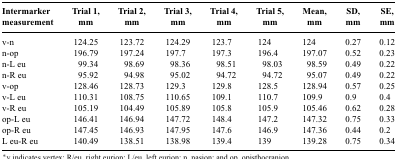
<table><thead><tr><td><b>Intermarker measurement</b></td><td><b>Trial 1, mm</b></td><td><b>Trial 2, mm</b></td><td><b>Trial 3, mm</b></td><td><b>Trial 4, mm</b></td><td><b>Trial 5, mm</b></td><td><b>Mean, mm</b></td><td><b>SD, mm</b></td><td><b>SE, mm</b></td></tr></thead><tbody><tr><td>v-n</td><td>124.25</td><td>123.72</td><td>124.29</td><td>123.7</td><td>124</td><td>124</td><td>0.27</td><td>0.12</td></tr><tr><td>n-op</td><td>196.79</td><td>197.24</td><td>197.7</td><td>197.3</td><td>196.4</td><td>197.07</td><td>0.52</td><td>0.23</td></tr><tr><td>n-L eu</td><td>99.34</td><td>98.69</td><td>98.36</td><td>98.51</td><td>98.03</td><td>98.59</td><td>0.49</td><td>0.22</td></tr><tr><td>n-R eu</td><td>95.92</td><td>94.98</td><td>95.02</td><td>94.72</td><td>94.72</td><td>95.07</td><td>0.49</td><td>0.22</td></tr><tr><td>v-op</td><td>128.46</td><td>128.73</td><td>129.3</td><td>129.8</td><td>128.5</td><td>128.94</td><td>0.57</td><td>0.25</td></tr><tr><td>v-L eu</td><td>110.31</td><td>108.75</td><td>110.65</td><td>109.1</td><td>110.7</td><td>109.9</td><td>0.9</td><td>0.4</td></tr><tr><td>v-R eu</td><td>105.19</td><td>104.49</td><td>105.89</td><td>105.8</td><td>105.9</td><td>105.46</td><td>0.62</td><td>0.28</td></tr><tr><td>op-L eu</td><td>146.41</td><td>146.94</td><td>147.72</td><td>148.4</td><td>147.2</td><td>147.32</td><td>0.75</td><td>0.33</td></tr><tr><td>op-R eu</td><td>147.45</td><td>146.93</td><td>147.95</td><td>147.6</td><td>146.9</td><td>147.36</td><td>0.44</td><td>0.2</td></tr><tr><td>L eu-R eu</td><td>140.49</td><td>138.51</td><td>138.98</td><td>139.4</td><td>139</td><td>139.28</td><td>0.75</td><td>0.34</td></tr></tbody></table>